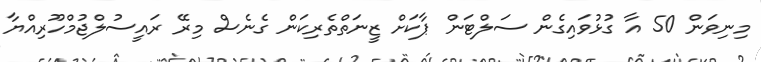
މިނިވަން 50 އާ ގުޅުވައިގެން ސަލްޓަން ޕާކަށް ޒީނަތްތެރިކަން ގެނެސް މިރޭ ރައީސުލްޖުމްހޫރިއްޔާ